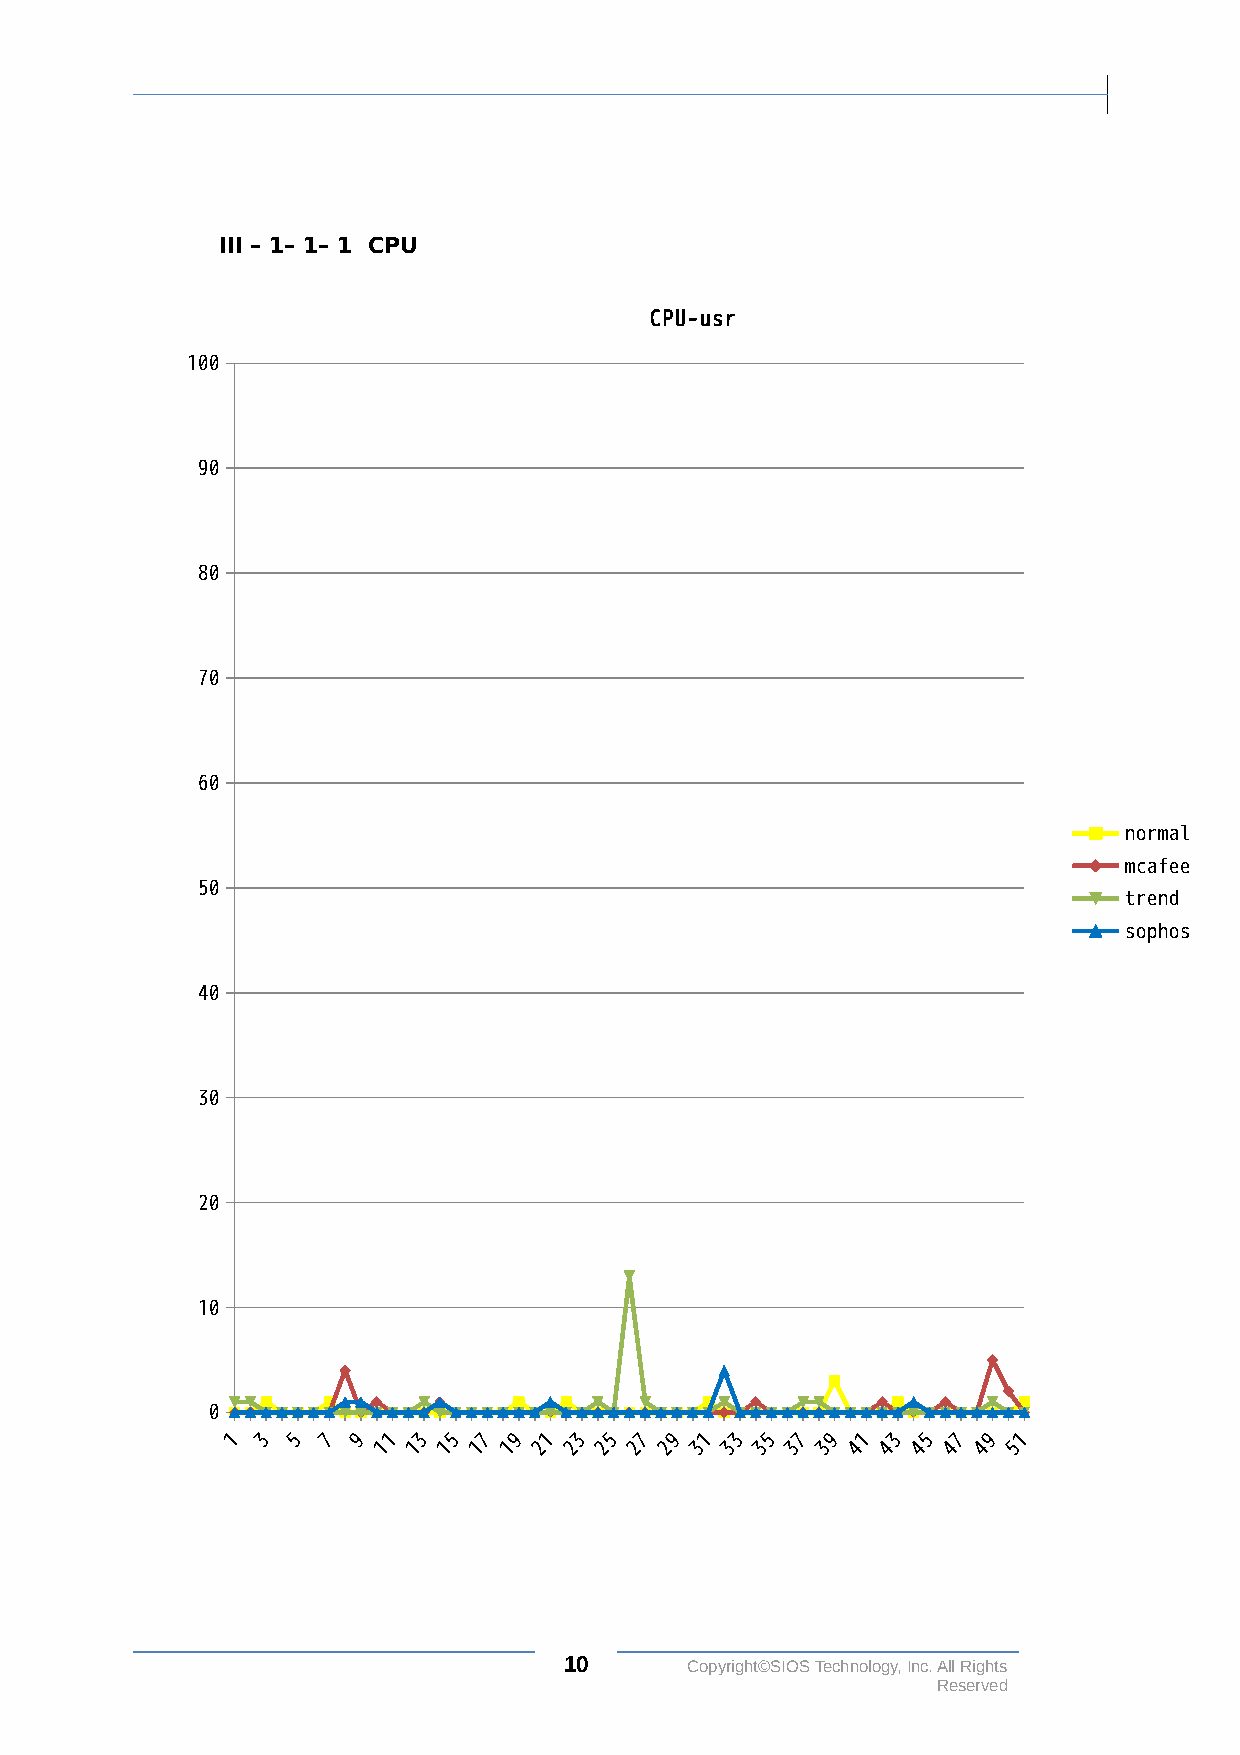
III – 1– 1– 1 CPU
 CPU-usr
 100
 90
 80
 70
 60
 normal
 mcafee
 50
 trend
 sophos
 40
 30
 20
 10
 0
 1 3 5 7 9  1 3 5 7 9 1 3 5 7 9 1  3 5 7 9 1 3 5 7 9 1
 1 1 1 1 1  2 2 2 2 2 3 3 3 3 3 4  4 4 4 4 5
 10      Copyright©SIOS Technology, Inc. All Rights
 Reserved